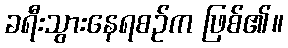
ခရီးသွားနေရစဉ်က ဖြစ်၏။